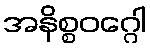
အနိစ္စဝဂ္ဂေါ